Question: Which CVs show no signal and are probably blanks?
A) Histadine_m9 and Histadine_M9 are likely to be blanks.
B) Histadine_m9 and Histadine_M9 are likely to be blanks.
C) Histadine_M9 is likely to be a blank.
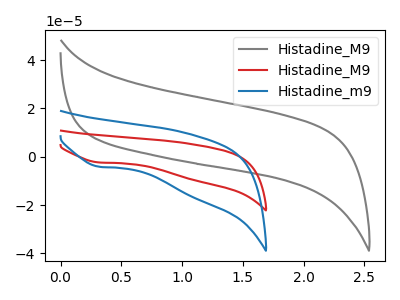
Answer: <think>The gray curve "Histadine_M9" has no peaks. The red curve "Histadine_M9" has a cathodic peak at: (0.30V, -2.35uA). The blue curve "Histadine_m9" has a cathodic peak at: (0.30V, -4.15uA).</think>
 <answer>C) "Histadine_M9" is likely to be a blank.</answer>
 <eval>C</eval>